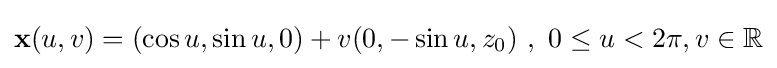
\mathbf {x} (u,v)=(\cos u,\sin u,0)+v(0,-\sin u,z_{0})\ ,\ 0\leq u<2\pi ,v\in \mathbb {R}